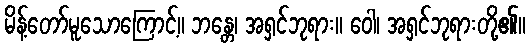
မိန့်တော်မူသောကြောင့်။ ဘန္တေ၊ အရှင်ဘုရား။ ဝေါ၊ အရှင်ဘုရားတို့၏။